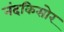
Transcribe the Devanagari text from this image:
नंदकिसोर